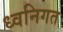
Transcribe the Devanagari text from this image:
ध्वनिगत